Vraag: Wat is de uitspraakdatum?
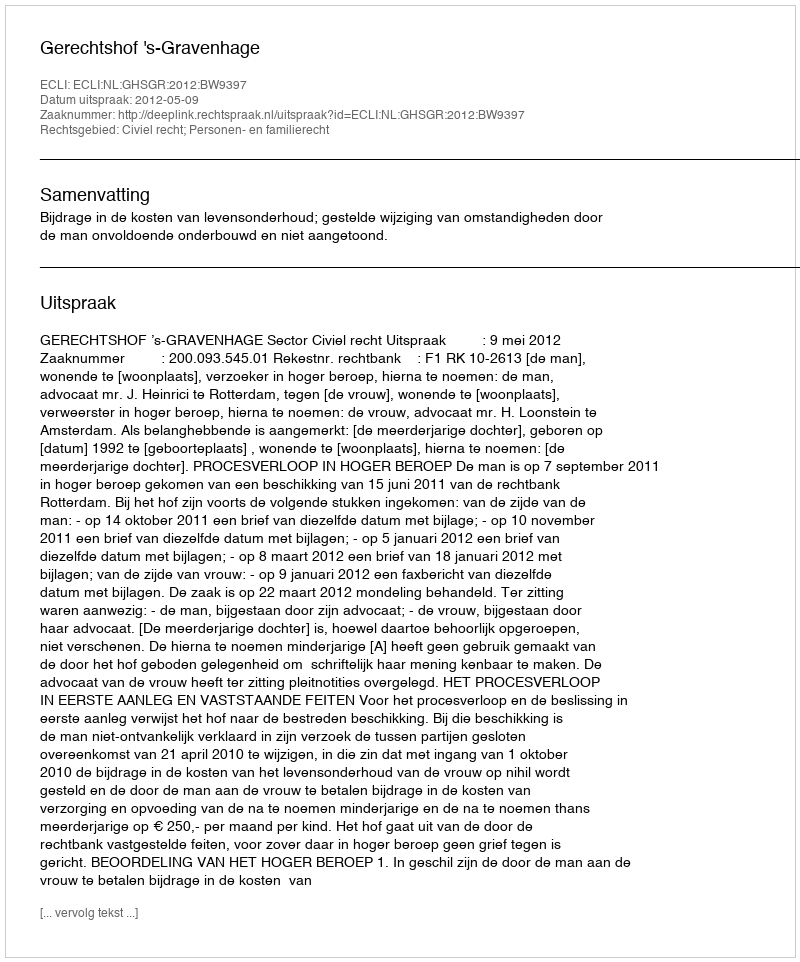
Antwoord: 2012-05-09